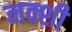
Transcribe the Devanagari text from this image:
नक्शी